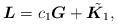
LaTeX: \begin{gather*}\boldsymbol{L}=c_1 \boldsymbol{G}+\tilde{\boldsymbol{K}_1},\end{gather*}